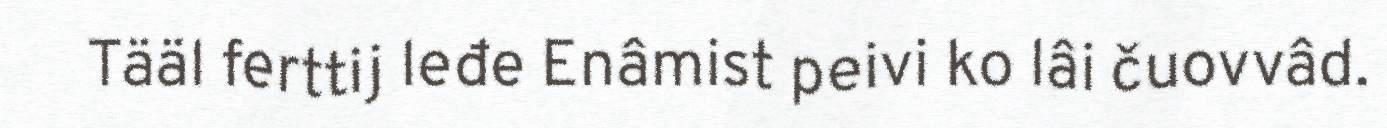
Tääl ferttij leđe Enâmist peivi ko lâi čuovvâd.